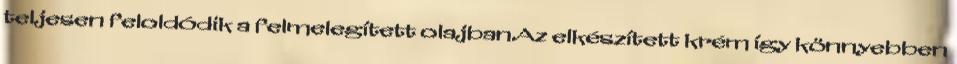
teljesen feloldódik a felmelegített olajban.Az elkészített krém így könnyebben